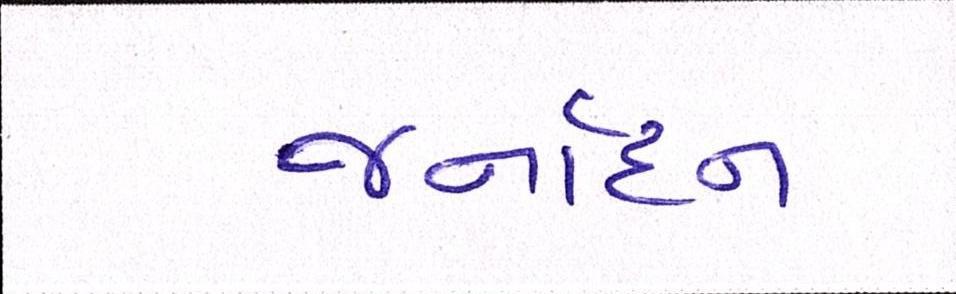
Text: જર્નાદન